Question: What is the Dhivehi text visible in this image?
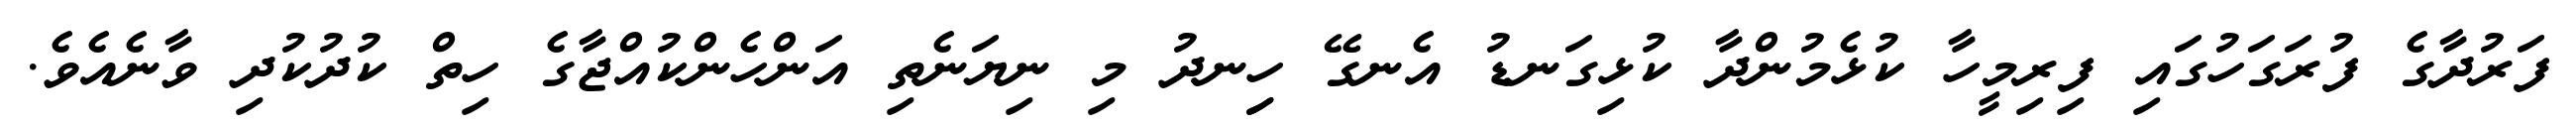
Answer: ފަރުދާގެ ފުރަގަހުގައި ފިރިމީހާ ކުޅެމުންދާ ކުޅިގަނޑު އެނގޭ ހިިނދު މި ނިޔަނެތި އަންހެންކުއްޖާގެ ހިތް ކުދުކުދި ވާނެއެވެ.